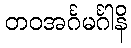
တဝအင်္ဂမင်္ဂါနိ